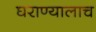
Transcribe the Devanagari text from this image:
घराण्यालाच